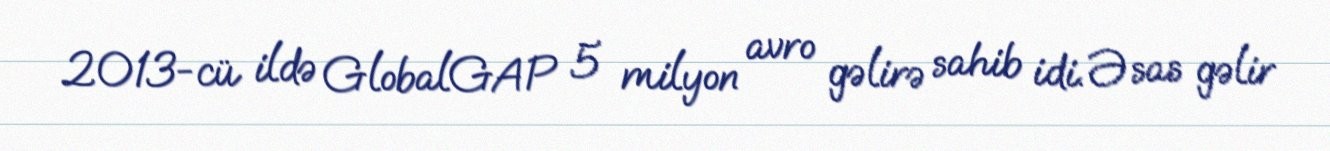
2013-cü ildə GlobalGAP 5 milyon avro gəlirə sahib idi. Əsas gəlir